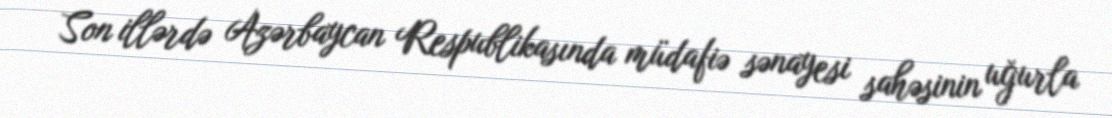
Son illərdə Azərbaycan Respublikasında müdafiə sənayesi sahəsinin uğurla